Civil Veterinary Department. Madras. Admin. report 1910-25 - 1910-1925
Year: 1910
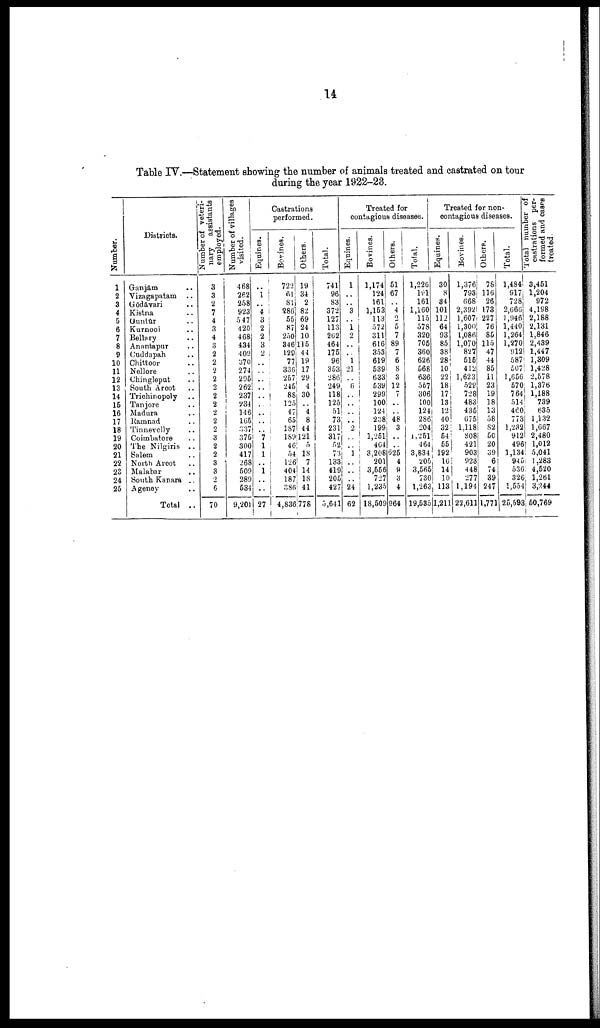
14
Table IV.—Statement showing the number of animals treated and castrated on tour
during the year 1922-23.
Numbe r
.
1
2
3
4
5
6
7
8
9
10
11
12
13
14
15
16
17
18
19
20
21
22
23
24
25
Districts.
Ganjām ..
Vizagapatam ..
Gōdāvari ..
Kistna ..
Guntūr ..
Kurnool ..
Bellary ..
Anantapur ..
Cuddapah ..
Chittoor ..
Nellore ..
Chingleput ..
South Arcot ..
Trichinopoly ..
Tanjore ..
Madura ..
Ramnad ..
Tinnevelly ..
Coimbatore ..
The Nilgiris ..
Salem ..
North Arcot ..
Malabar
..
South Kanara ..
Agency ..
Total ..
Number of veteri
nary assistants
employed.
3
3
2
7
4
3
4
3
2
2
2
2
2
2
2
2
2
2
3
2
2
3
3
2
6
70
Number of villages
visited.
468
262
258
923
5 47
420
468
434
408
370
274
295
262
237
234
146
165
837
375
300
417
268
509
289
534
9,201
Castrations
performed.
Equines.
..
1 ..
4
3
2
2
3
2
..
..
..
..
..
..
..
..
..
7
1
1
..
1
..
..
27
Bovines.
722
61
81
286
55
87
250
346
129
77
336
257
245
88
125
47
65
187
189
46
54
126
404
187
386
4,836
Others.
19
34
2
82
69
24
10
115
44
19
17
29
4
30
..
4
8
44
121
5
18
7
14
18
41
776
Total.
741
96
83
372
127
113
262
464
175
96
353
286
249
118
125
51
73
231
317
52
73
133
419
205
427
5,641
Treated for
contagious diseases.
Equines.
1
..
..
3
..
1
2
..
1
21
..
6
..
..
..
2
..
..
1
..
..
..
24
62
Bovines.
1,174
124
161
1,153
113
572
311
616
353
619
539
633
539
299
100
124
238
199
1,251
464
3,208
201
3,556
727
1,235
18,509
Others.
51
67
4
0
5
7
89
7
6
8
3
12
7
..
..
48
3
..
..
625
4
9
3
4
964
Total.
1,226
191
161
1,160
115
578
320
705
360
626
568
636
557
306
100
124
286
204
1.251
464
3,834
205
3,565
730
1,263
19,535
Treated for non
contagious diseases.
Equines.
30
8
34
101
112
64
93
85
38
28
10
22
18
17
13
12
40
32
54
55
192
16
14
10
113
1,211
Bovines.
1,376
793
668
2,392
1,607
1,300
1,086
1,070
827
515
412
1,623
529
728
483
435
675
1,118
808
421
903
i 923
448
277
1,194
22,611
Others.
78
116
26
173
227
76
85
115
47
44
85
11
23
19
18
13
58
82
50
20
39
6
74
39
247
1,771
Total.
1,484
917
728
2,666
1,946
1,440
1,264
1,270
912
587
507
1,656
570
764
514
460
773
1,232
912
496
1,134
945
536
326
1,554
25,593
Total number of
castrations per
formed and cases
treated.
3,451
1,204
972
4,198
2,188
2,131
1,846
2,439
1,447
1,309
1,428
2,578
1,376
1,188
739
635
1,132
1,667
2,480
1,012
5,041
1,283
4,520
1,261
3,244
50,769